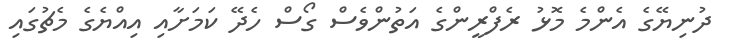
ދުނިޔޭގެ އެންމެ މޮޅު ރެފްރީންގެ އަތުންވެސް ގޯސް ހެދޭ ކަމަށާއި އިއްޔެގެ މެޗުގައި